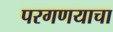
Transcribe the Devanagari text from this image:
परगणयाचा